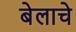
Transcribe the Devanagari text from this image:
बेलाचे